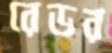
রেডর